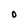
Character: O